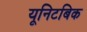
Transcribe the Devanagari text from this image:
यूनिटबिक